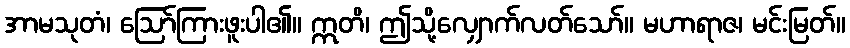
အာမသုတံ၊ ဩော်ကြားဖူးပါ၏။ ဣတိ၊ ဤသို့လျှောက်လတ်သော်။ မဟာရာဇ၊ မင်းမြတ်။